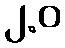
၂.ဝ